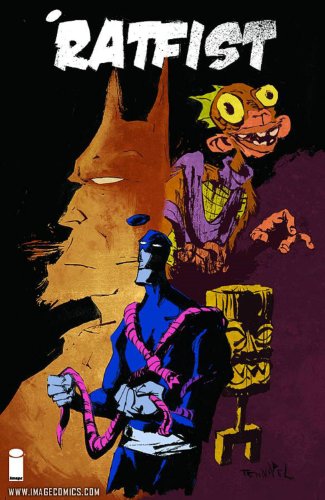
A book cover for Ratfist TP; Doug Tennapel; Comics & Graphic Novels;